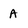
Character: A